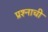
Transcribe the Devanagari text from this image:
प्रश्‍नाची